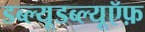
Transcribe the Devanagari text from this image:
डब्ल्यूडब्ल्यूऍफ़